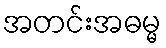
အတင်းအဓမ္မ